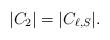
LaTeX: \begin{align*}|C_2|=|C_{\ell,S}|.\end{align*}